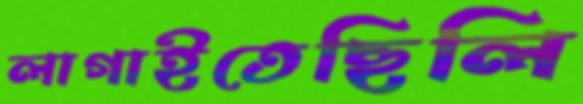
লাগাইতেছিলি